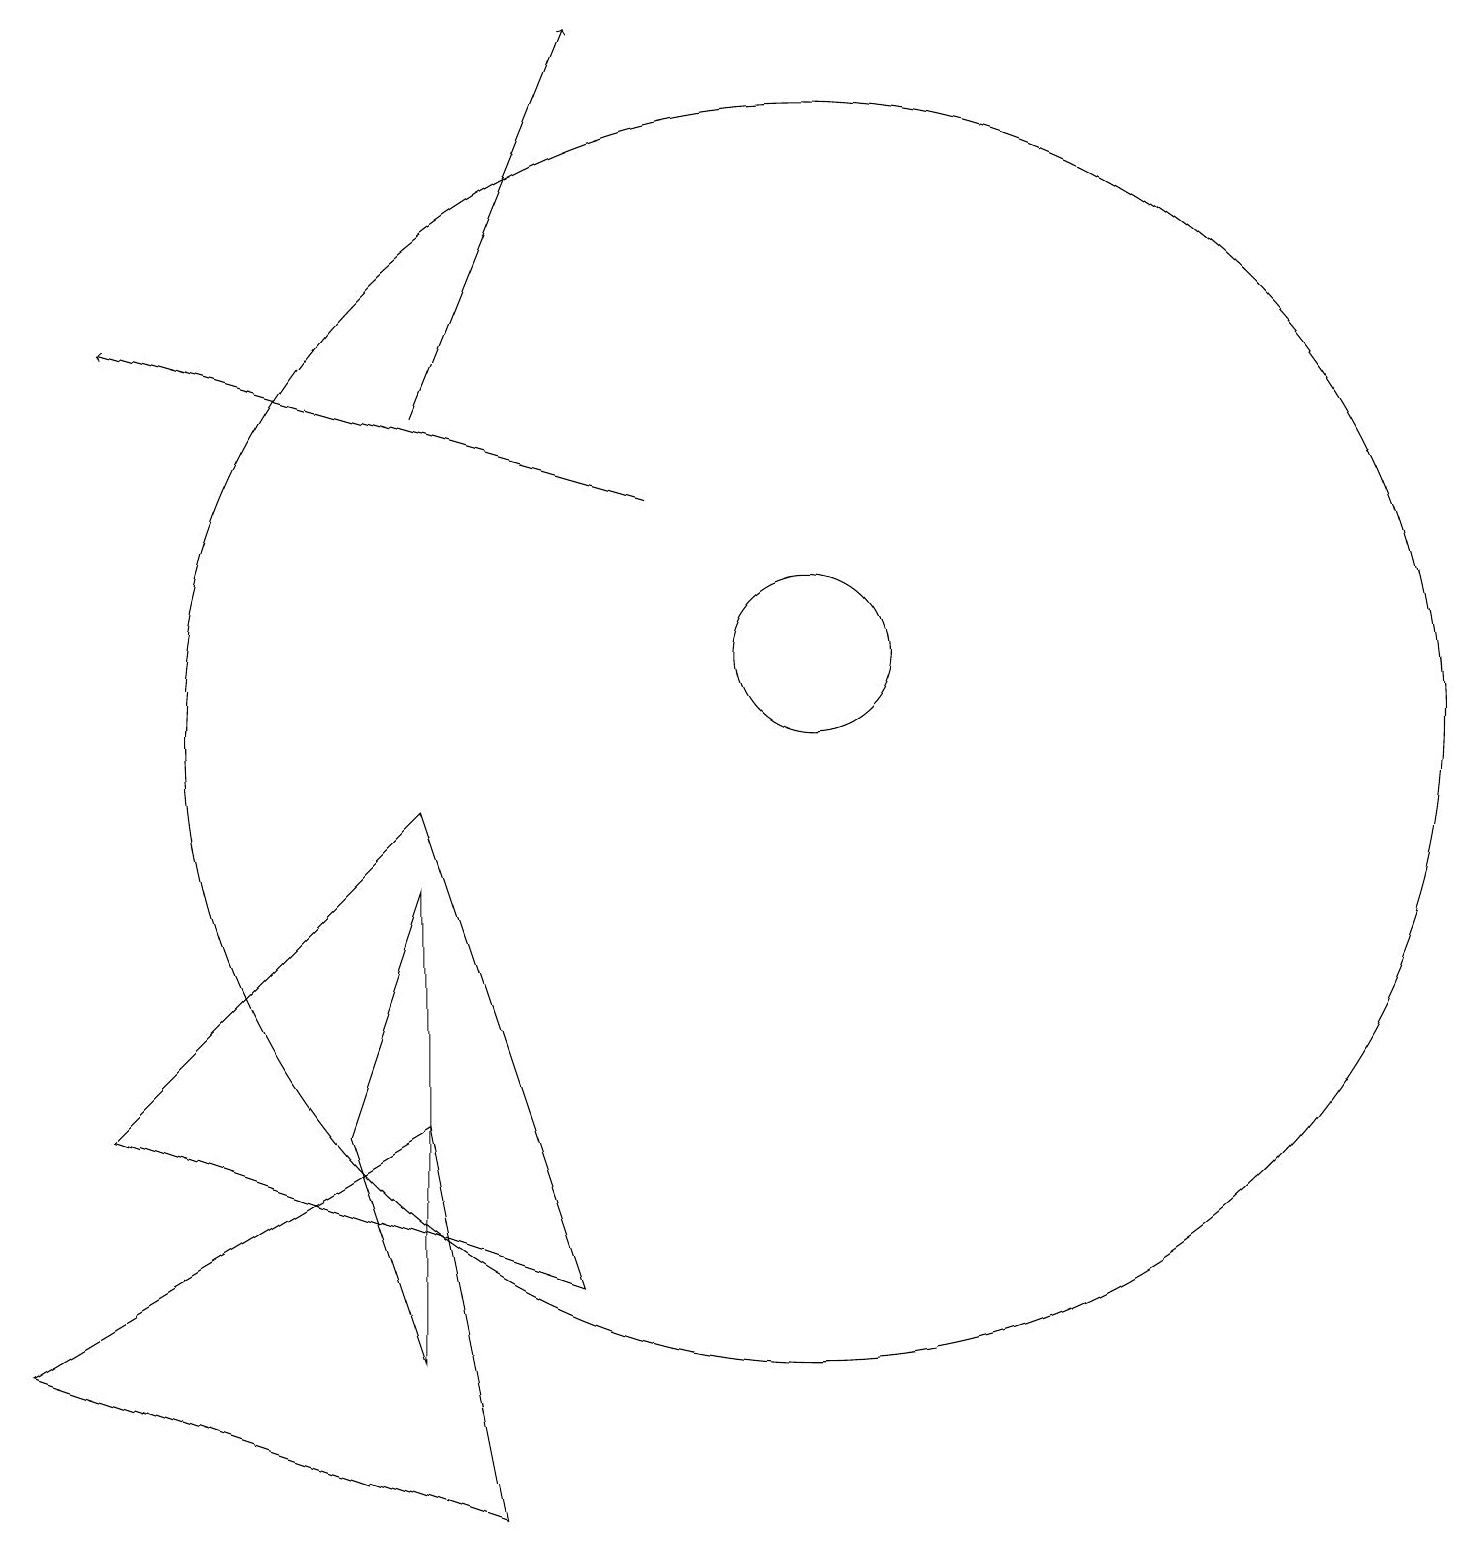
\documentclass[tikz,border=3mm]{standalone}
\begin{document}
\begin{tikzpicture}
\draw[->] (8,13) -- (1,15);
\draw (5,2) -- (5,8) -- (4,5) -- cycle;
\draw (10,11) circle (1);
\draw[->] (5,14) -- (7,19);
\draw (1,5) -- (5,9) -- (7,3) -- cycle;
\draw (6,0) -- (5,5) -- (0,2) -- cycle;
\draw (10,10) circle (8);
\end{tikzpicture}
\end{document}